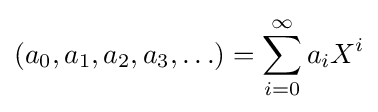
(a_{0},a_{1},a_{2},a_{3},\ldots )=\sum _{i=0}^{\infty }a_{i}X^{i}